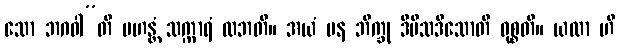
သော ဘဂဝါ”တိ မဟန္တံ သက္ကာရံ လဘတိ။ အယံ ပန ဘိက္ခု ဒီပိသဒိသောတိ ဝုစ္စတိ။ ယထာ ဟိ